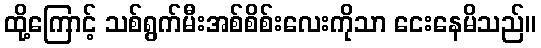
ထို့ကြောင့် သစ်ရွက်မီးအစ်စိစ်းလေးကိုသာ ငေးနေမိသည်။